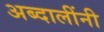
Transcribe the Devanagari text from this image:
अब्दालींनी